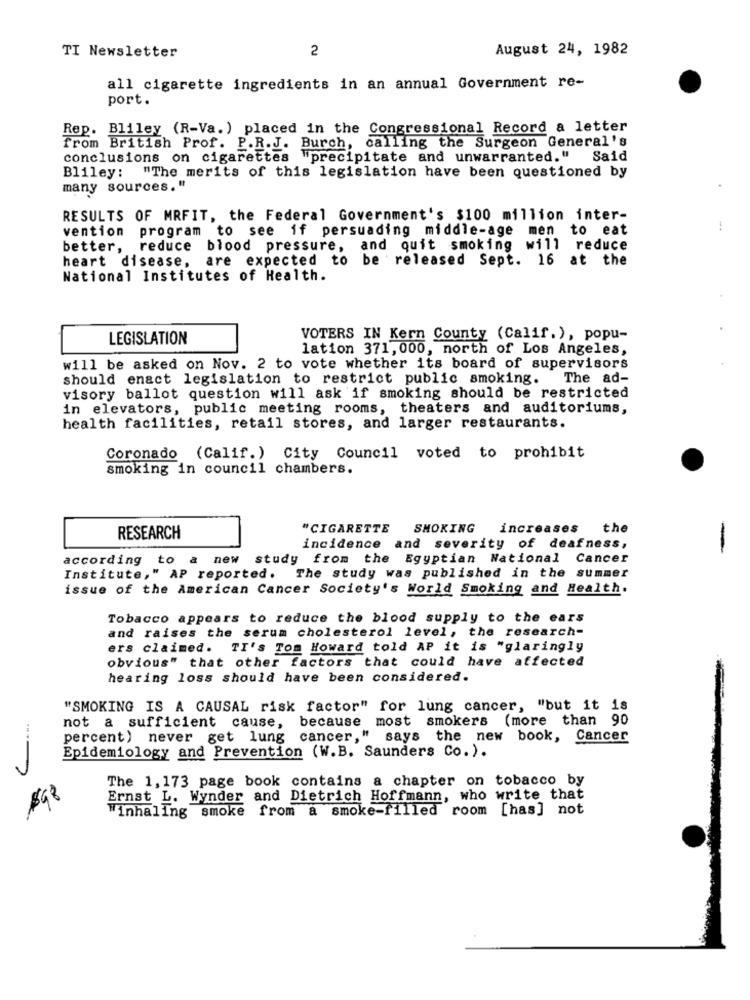
TI Newsletter
2
August 24, 1982
all cigarette ingredients in an annual Government re-
port.
Rep. Bliley (R-Va. ) placed in the Congressional Record a letter
from British Prof. P.R.J. Burch, calling the Surgeon General's
conclusions on cigarettes "precipitate and unwarranted."
Said
Bliley: "The merits of this legislation have been questioned by
many sources."
RESULTS OF MRFIT, the Federal Government's $100 million inter-
vention
program to see if persuading middle-age men to eat
better,
reduce blood pressure, and quit smoking will reduce
heart disease, are expected to be released Sept. 16 at the
National Institutes of Health.
LEGISLATION
VOTERS IN Kern County (Calif.), popu-
lation 371, 000, north of Los Angeles,
will be asked on Nov. 2 to vote whether its board of supervisors
should enact legislation to restrict public smoking. The ad-
visory ballot question will ask if smoking should be restricted
in elevators, public meeting rooms, theaters and auditoriums,
health facilities, retail stores, and larger restaurants.
Coronado (Calif.) City Council voted to prohibit
smoking in council chambers.
"CIGARETTE
SMOKING
increases
the
RESEARCH
incidence and severity of deafness,
-
according
to
new study from the Egyptian National Cancer
Institute," AP reported.
The study was published in the summer
issue of the American Cancer Society's World Smoking and Health.
Tobacco appears to reduce the blood supply to the ears
and raises the serum cholesterol level, the research-
ers claimed. TI's Tom Howard told AP it is "glaringly
obvious" that other factors that could have affected
hearing loss should have been considered.
"SMOKING IS A CAUSAL risk factor" for lung cancer, "but it is
not a sufficient cause, because most smokers (more than 90
percent) never get lung cancer," says the new book, Cancer
Epidemiology and Prevention (W.B. Saunders Co.).
The 1, 173 page book contains a chapter on tobacco by
$98
Ernst L. Wynder and Dietrich Hoffmann, who write that
"inhalIng smoke from a smoke-filled room [has] not